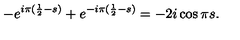
- e ^ { i \pi ( \frac 1 2 - s ) } + e ^ { - i \pi ( \frac 1 2 - s ) } = - 2 i \cos \pi s .